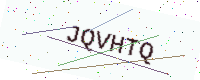
Text: JQVHTQ